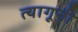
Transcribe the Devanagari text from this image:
त्यागूनी